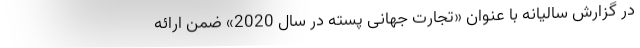
در گزارش سالیانه با عنوان «تجارت جهانی پسته در سال 2020» ضمن ارائه